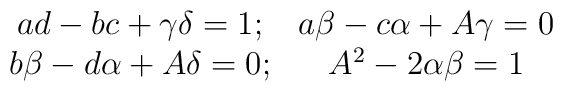
\begin{array}{cc}ad-bc+\gamma\delta =1; & a\beta-c\alpha+A\gamma=0 \\b\beta-d\alpha+A\delta=0; & A^2-2\alpha\beta=1\end{array}